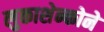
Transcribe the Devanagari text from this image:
लुकाशेन्कोने